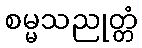
စမ္မသညုတ္တံ